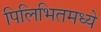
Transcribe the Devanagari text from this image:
पिलिभितमध्ये